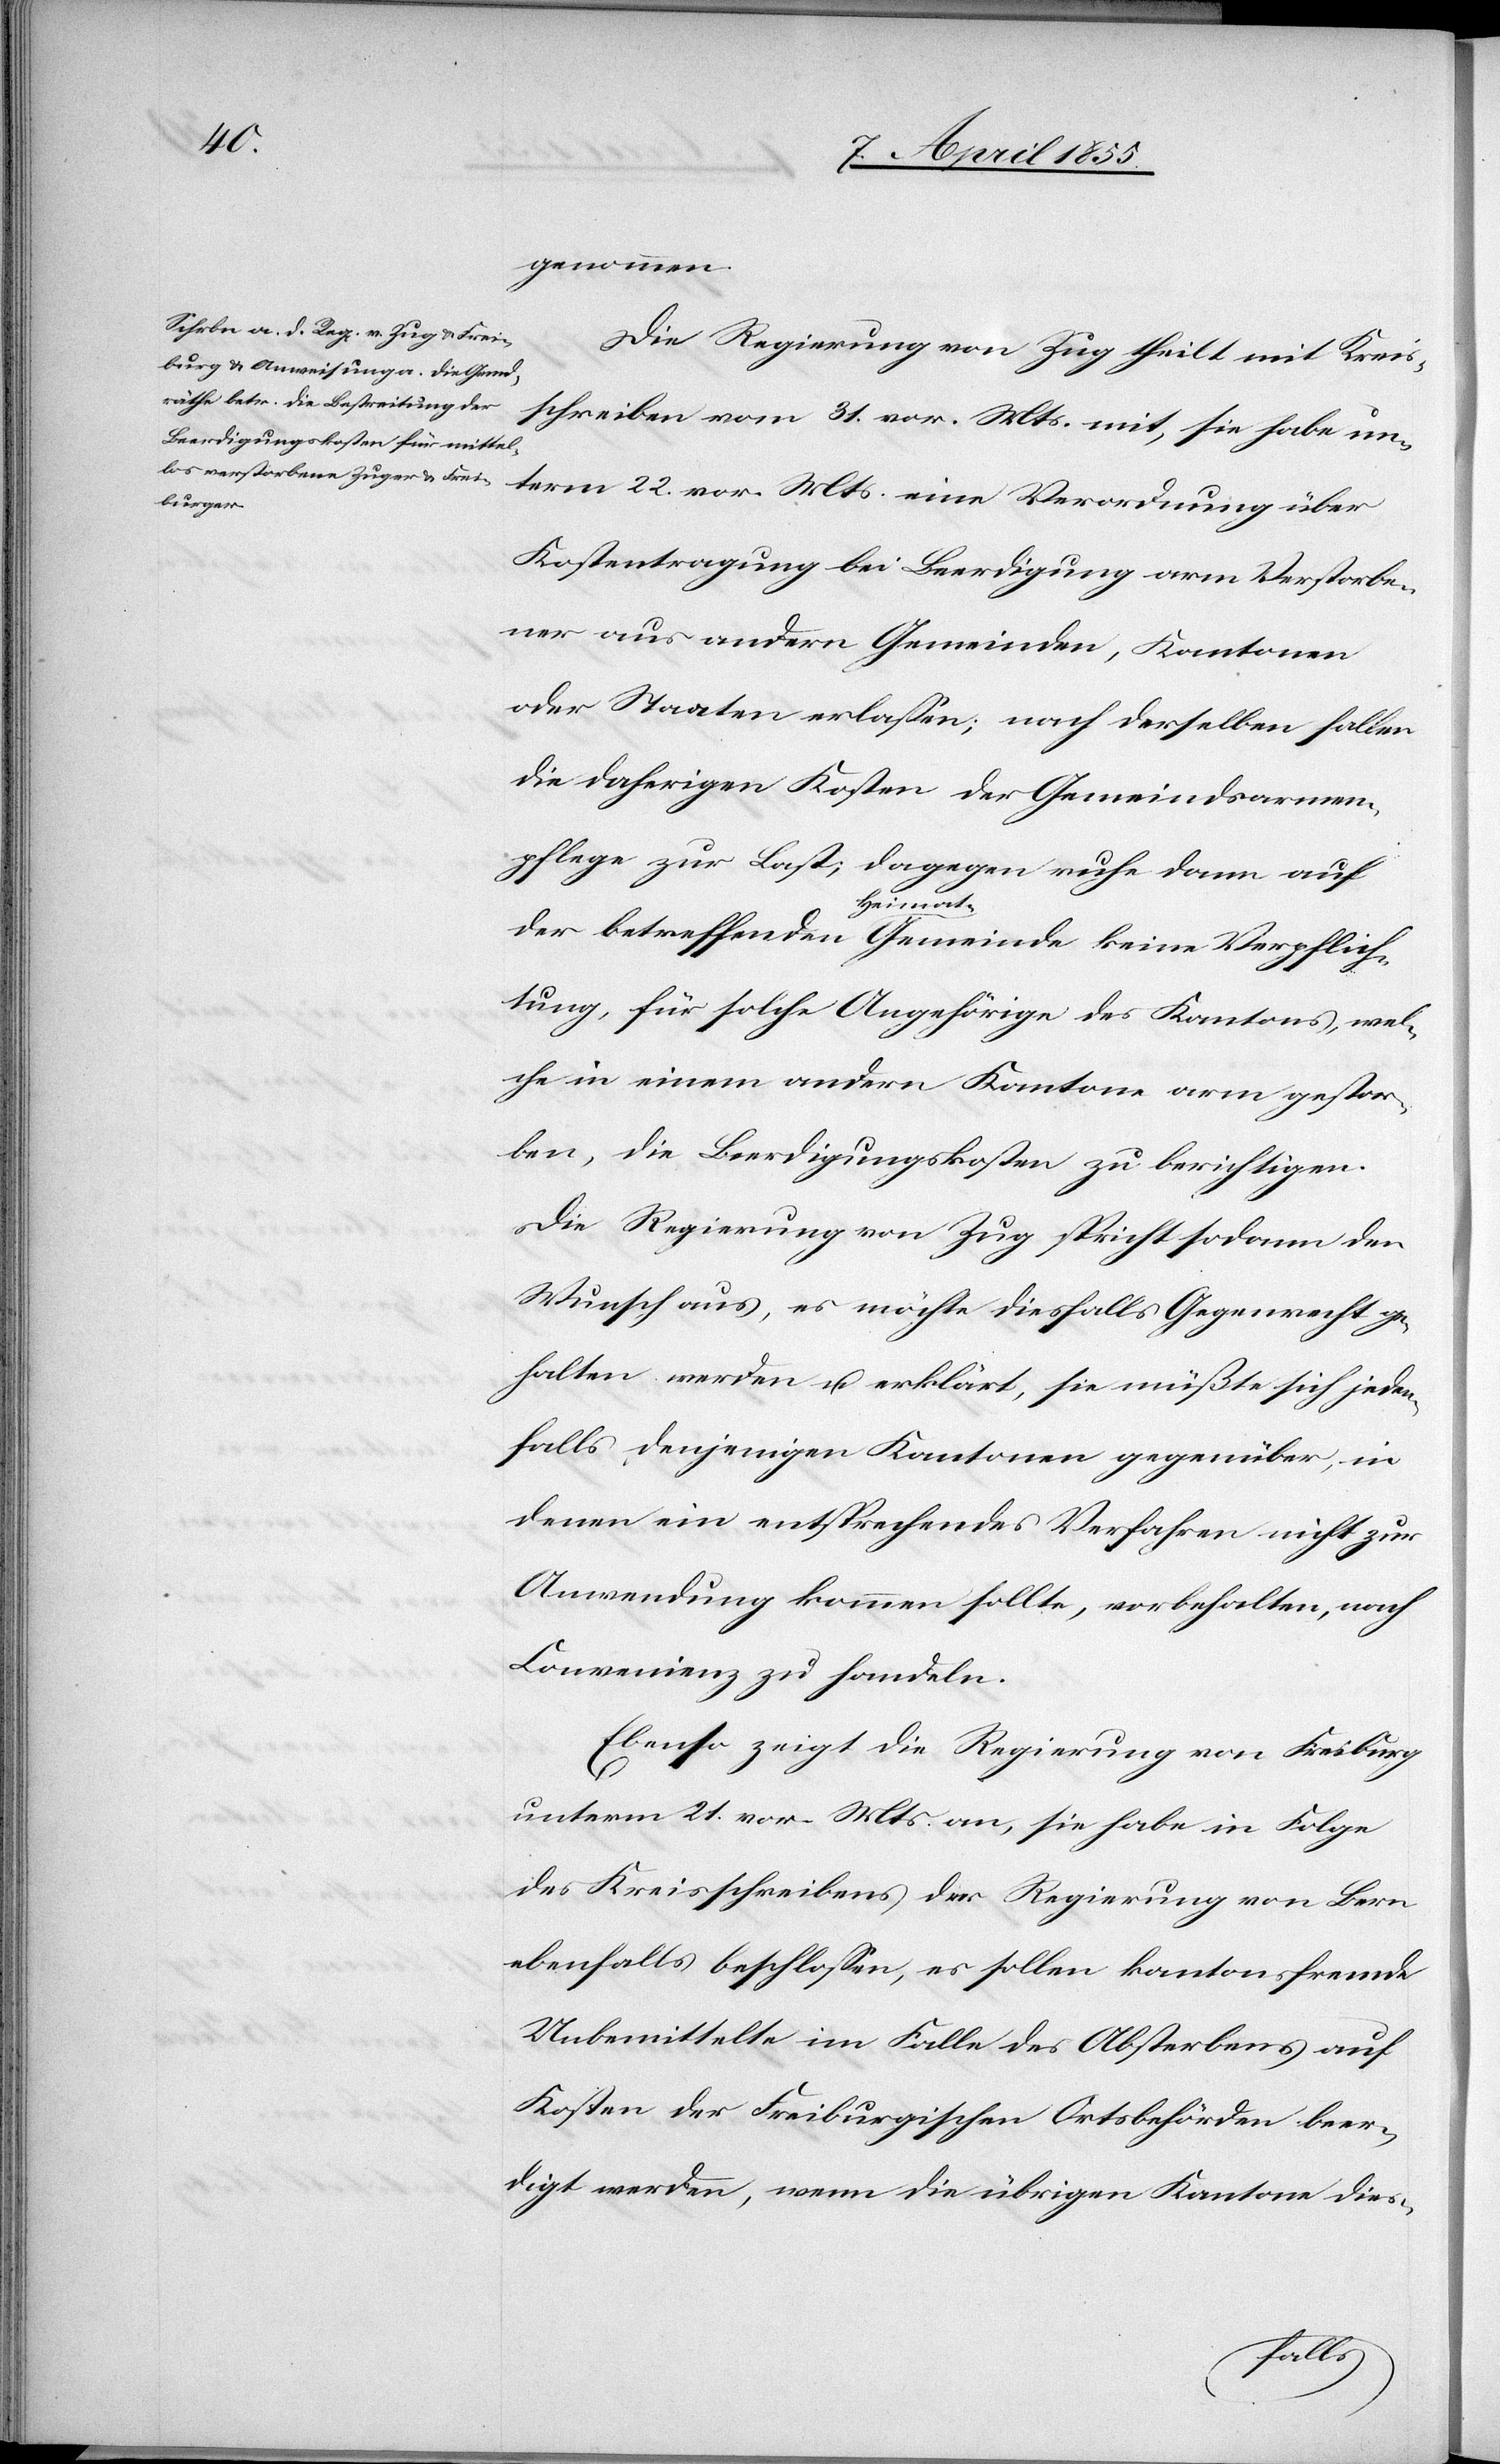
genommen.
Die Regierung von Zug theilt mit Kreis¬
schreiben vom 31. vor. Mts. mit, sie habe un¬
term 22. vor. Mts. eine Verordnung über
Kostentragung bei Beerdigung arm Verstorbe¬
ner aus andern Gemeinden, Kantonen
oder Staaten erlassen; nach derselben fallen
die daherigen Kosten der Gemeindsarmen¬
pflege zur Last; dagegen ruhe dann auf
der betreffenden Heimat-Gemeinde keine Verpflich¬
tung, für solche Angehörige des Kantons, wel¬
che in einem andern Kantone arm gestor¬
ben, die Beerdigungskosten zu berichtigen.
Die Regierung von Zug spricht sodann den
Wunsch aus, es möchte diesfalls Gegenrecht ge¬
halten werden u. erklärt, sie müßte sich jeden¬
falls denjenigen Kantonen gegenüber, in
denen ein entsprechendes Verfahren nicht zur
Anwendung kommen sollte, vorbehalten, nach
Convenienz zu handeln.
Ebenso zeigt die Regierung von Freiburg
unterm 21. vor. Mts. an, sie habe in Folge
des Kreisschreibens der Regierung von Bern
ebenfalls beschlossen, es sollen kantonsfremde
Unbemittelte im Falle des Absterbens auf
Kosten der Freiburgischen Ortsbehörden beer¬
digt werden, wenn die übrigen Kantone dies-